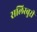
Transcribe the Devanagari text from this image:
सलिस्बुरी